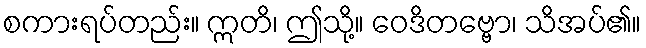
စကားရပ်တည်း။ ဣတိ၊ ဤသို့။ ဝေဒိတဗ္ဗော၊ သိအပ်၏။